Vaccine operations Central Provinces & Berar 1922-1929 - 1922-1929
Year: 1922
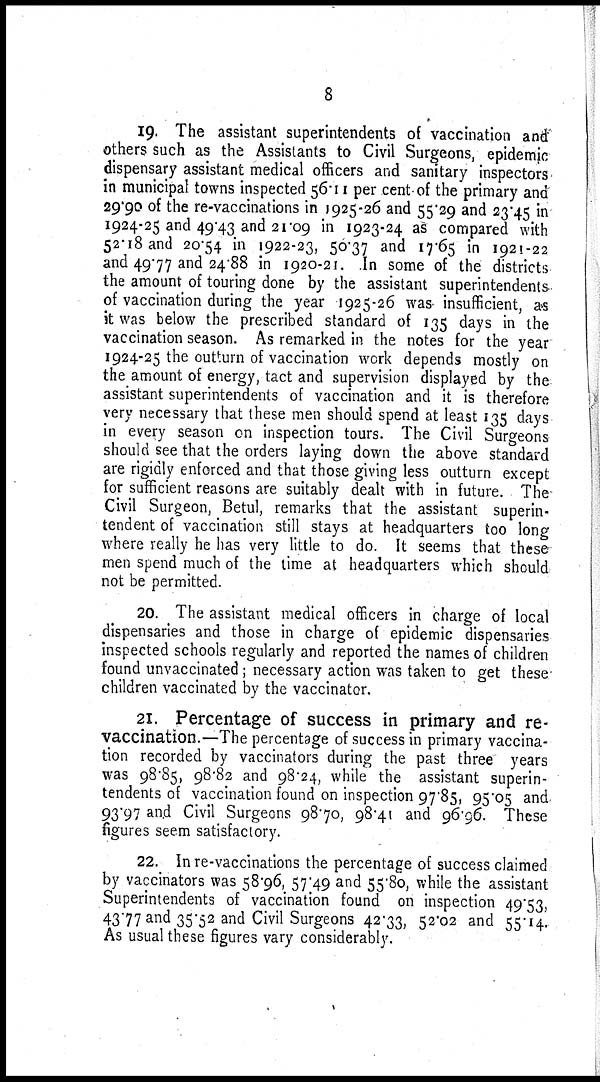
8
19. The assistant superintendents of vaccination and
others such as the Assistants to Civil Surgeons, epidemic
dispensary assistant medical officers and sanitary inspectors
in municipal towns inspected 56.11 per cent of the primary and
29.90 of the re-vaccinations in 1925-26 and 55.29 and 23.45 in
1924-25 and 49.43 and 21.09 in 1923-24 as compared with
52.18 and 20.54 in 1922-23, 50.37 and 17.65 in 1921-22
and 49.77 and 24.88 in 1920-21. In some of the districts
the amount of touring done by the assistant superintendents
of vaccination during the year 1925-26 was insufficient, as
it was below the prescribed standard of 135 days in the
vaccination season. As remarked in the notes for the year
1924-25 the outturn of vaccination work depends mostly on
the amount of energy, tact and supervision displayed by the
assistant superintendents of vaccination and it is therefore
very necessary that these men should spend at least 135 days
in every season on inspection tours. The Civil Surgeons
should see that the orders laying down the above standard
are rigidly enforced and that those giving less outturn except
for sufficient reasons are suitably dealt with in future. The
Civil Surgeon, Betul, remarks that the assistant superin-
tendent of vaccination still stays at headquarters too long
where really he has very little to do. It seems that these
men spend much of the time at headquarters which should
not be permitted.
20. The assistant medical officers in charge of local
dispensaries and those in charge of epidemic dispensaries
inspected schools regularly and reported the names of children
found unvaccinated; necessary action was taken to get these
children vaccinated by the vaccinator.
21. Percentage of success in primary and re-
vaccination.—The percentage of success in primary vaccina-
tion recorded by vaccinators during the past three years
was 98.85, 98.82 and 98.24, while the assistant superin-
tendents of vaccination found on inspection 97.85, 95.05 and.
93.97 and Civil Surgeons 98.70, 98.41 and 96.96. These
figures seem satisfactory.
22. In re-vaccinations the percentage of success claimed
by vaccinators was 58.96, 57.49 and 55.80, while the assistant
Superintendents of vaccination found on inspection 49.53,
43.77 and 35.52 and Civil Surgeons 42.33, 52.02 and 55.14.
As usual these figures vary considerably.